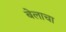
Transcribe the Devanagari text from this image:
बेलाचा